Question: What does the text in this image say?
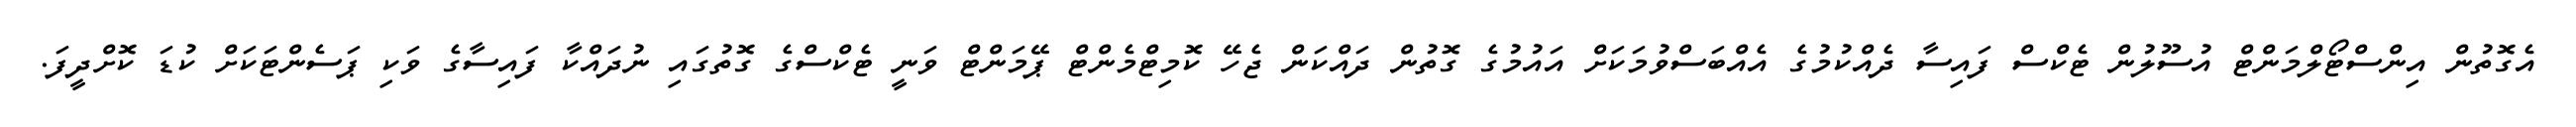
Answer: އެގޮތުން އިންސްޓޯލްމަންޓް އުސޫލުން ޓެކްސް ފައިސާ ދެއްކުމުގެ އެއްބަސްވުމަކަށް އައުމުގެ ގޮތުން ދައްކަން ޖެހޭ ކޮމިޓްމެންޓް ޕޭމަންޓް ވަނީ ޓެކްސްގެ ގޮތުގައި ނުދައްކާ ފައިސާގެ ވަކި ޕަސެންޓަކަށް ކުޑަ ކޮށްދީފަ.